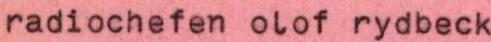
radiochefen olof rydbeck